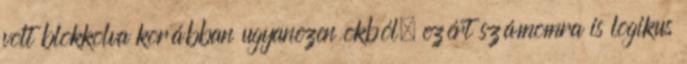
volt blokkolva korábban ugyanezen okból, ezért számomra is logikus